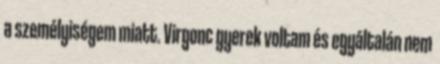
a személyiségem miatt. Virgonc gyerek voltam és egyáltalán nem